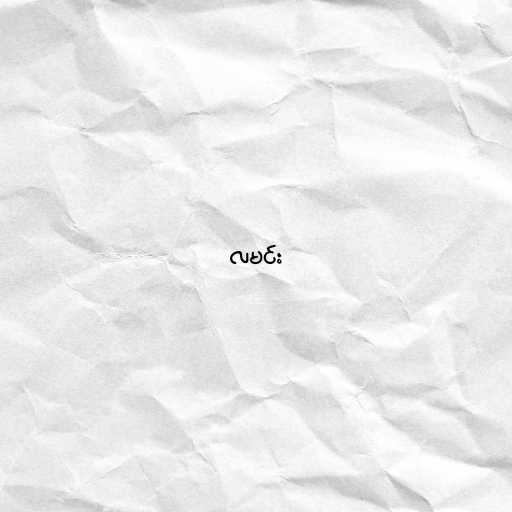
လမင်း